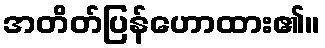
အတိတ်ပြန်ဟောထား၏။